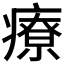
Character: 療